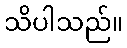
သိပါသည်။